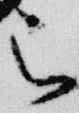
被